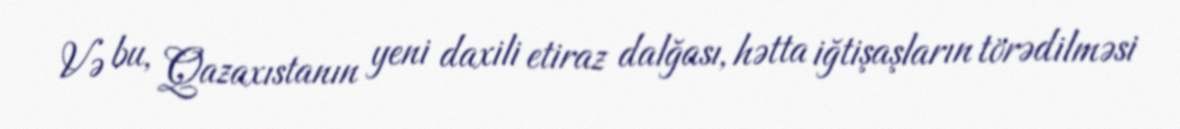
Və bu, Qazaxıstanın yeni daxili etiraz dalğası, hətta iğtişaşların törədilməsi